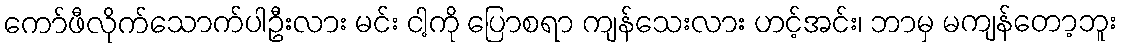
ကော်ဖီလိုက်သောက်ပါဦးလား မင်း ငါ့ကို ပြောစရာ ကျန်သေးလား ဟင့်အင်း၊ ဘာမှ မကျန်တော့ဘူး